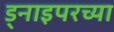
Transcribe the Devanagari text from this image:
ड्नाइपरच्या